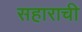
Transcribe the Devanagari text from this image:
सहाराची